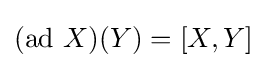
({\text{ad }}X)(Y)=[X,Y]